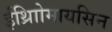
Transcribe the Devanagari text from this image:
ईथ्राोिमायसिन